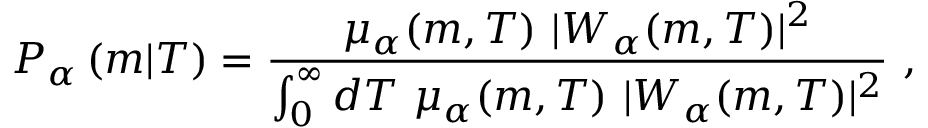
P _ { \alpha } \left( m | T \right) = \frac { \mu _ { \alpha } ( m , T ) \ | W _ { \alpha } ( m , T ) | ^ { 2 } } { \int _ { 0 } ^ { \infty } d T \ \mu _ { \alpha } ( m , T ) \ | W _ { \alpha } ( m , T ) | ^ { 2 } } \ ,